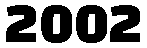
2002